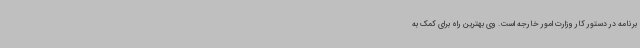
برنامه در دستور کار وزارت امور خارجه است. وی بهترین راه برای کمک به